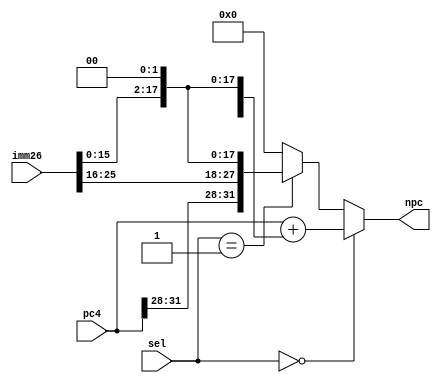
`timescale 1ns / 1ps
//////////////////////////////////////////////////////////////////////////////////
// Company: 
// Engineer: 
// 
// Design Name: 
// Module Name:    NPC 
// Project Name: 
// Target Devices: 
// Tool versions: 
// Description: 
//
// Dependencies: 
//
// Revision: 
// Revision 0.01 - File Created
// Additional Comments: 
//
//////////////////////////////////////////////////////////////////////////////////

// beq, j, jal  beq i16jjali26

// bjnpc
// sel =0, b sel=1j
module NPC(
	 input [31:0] pc4,
    input [25:0] imm26,
	 input [1:0] sel,
    output [31:0] npc
    );
	 wire [15:0] imm16;
	 assign imm16 = imm26[15:0];
	 assign npc =  (sel == 0)?   (pc4 + { {14{imm16[15]}}, imm16, {2{1'b0}}}):  // b
									(sel == 1)? {pc4[31:28] , imm26, {2{1'b0}}}:  // j
									0;


endmodule